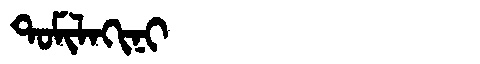
Manchu: ᡨᠣᠮᡳᠯᠠᡴᡳᠨᡳ
Romanization: TOMILAKINI